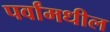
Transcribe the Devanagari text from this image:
पर्वांमधील